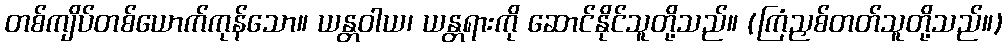
တစ်ကျိပ်တစ်ယောက်ကုန်သော။ ယန္တဝါယ၊ ယန္တရားကို ဆောင်နိုင်သူတို့သည်။ (ကြံညှစ်တတ်သူတို့သည်။)